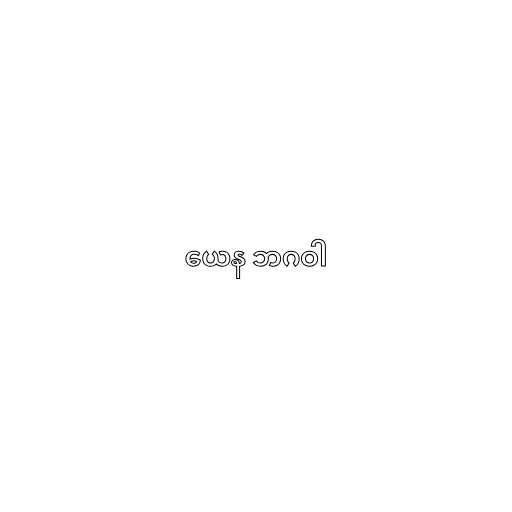
ယေန ဘဂဝါ